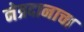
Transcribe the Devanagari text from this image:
नेत्रदानाचा